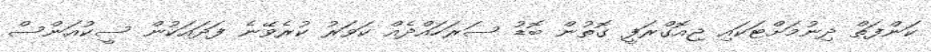
ކަންފަތް ދިނުމަށްޓަކައި ޖިއޮގްރަފީ ގޮތުން ބޮޑު ސަރަހައްދެއް ކަވަރު ކުރެވޭނެ ފަދައަކުން ސީކުއަންސް